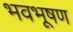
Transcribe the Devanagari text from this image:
भवभूषण